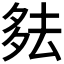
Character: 𪠞